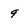
Character: 9